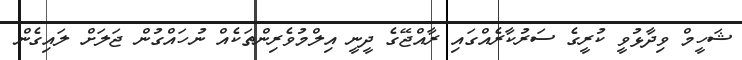
ޝަހީމް ވިދާޅުވީ ކުރީގެ ސަރުކާރެއްގައި ރާއްޖޭގެ ދީނީ އިލްމުވެރިންތަކެއް ނުހައްގުން ޖަލަށް ލައިގެން